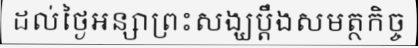
ដល់ថ្ងៃអន្សាព្រះសង្ឃប្តឹងសមត្ថកិច្ច